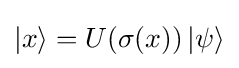
|x\rangle =U(\sigma (x))\left|\psi \right\rangle